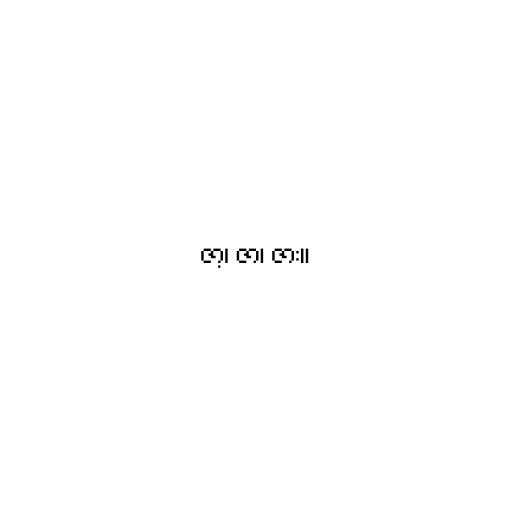
ဇာ့၊ ဇာ၊ ဇား။